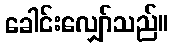
ခေါင်းလျှော်သည်။